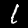
Digit: 1